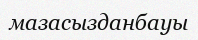
мазасызданбауы